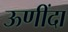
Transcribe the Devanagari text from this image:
ऊणींदा